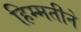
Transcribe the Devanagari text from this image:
हिम्मतीने